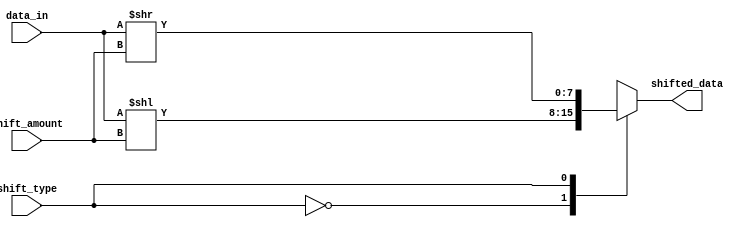
module barrel_shifter (
    input [7:0] data_in,
    input [3:0] shift_amount,
    input shift_type,
    output reg [7:0] shifted_data
);

reg [7:0] temp_data;

always @ (*) begin
    case (shift_type)
        0: temp_data = data_in << shift_amount; // Logical shift left
        1: temp_data = data_in >> shift_amount; // Logical shift right
        2: temp_data = $signed(data_in) >>> shift_amount; // Arithmetic shift right
        3: temp_data = $signed(data_in) <<< shift_amount; // Arithmetic shift left
    endcase
end

assign shifted_data = temp_data;

endmodule